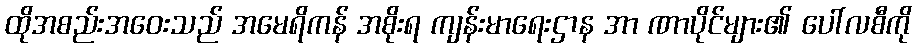
ထိုအစည်းအဝေးသည် အမေရိကန် အစိုးရ ကျန်းမာရေးဌာန အာ ဏာပိုင်များ၏ ပေါ်လစီကို